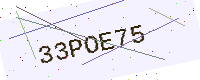
Text: 33POE75